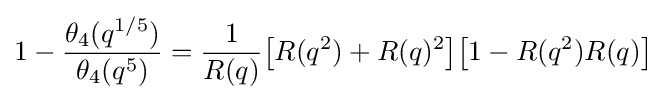
1-{\frac {\theta _{4}(q^{1/5})}{\theta _{4}(q^{5})}}={\frac {1}{R(q)}}{\bigl [}R(q^{2})+R(q)^{2}{\bigr ]}{\bigl [}1-R(q^{2})R(q){\bigr ]}